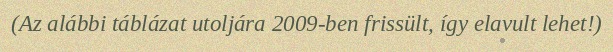
(Az alábbi táblázat utoljára 2009-ben frissült, így elavult lehet!)